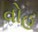
વોહ